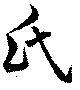
氏